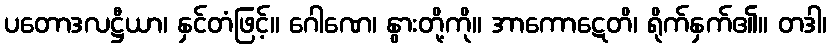
ပတောဒလဋ္ဌီယာ၊ နှင်တံဖြင့်။ ဂေါဏေ၊ နွားတို့ကို။ အာကောဋေတိ၊ ရိုက်နှက်၏။ တဒါ၊